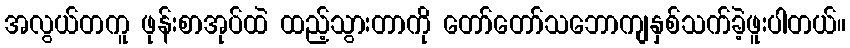
အလွယ်တကူ ဖုန်းစာအုပ်ထဲ ထည့်သွားတာကို တော်တော်သဘောကျနှစ်သက်ခဲ့ဖူးပါတယ်။